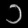
Digit: ၁